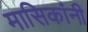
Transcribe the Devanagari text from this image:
मासिकांनी